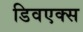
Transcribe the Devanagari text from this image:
डिवएक्स